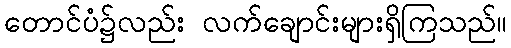
တောင်ပံ၌လည်း လက်ချောင်းများရှိကြသည်။